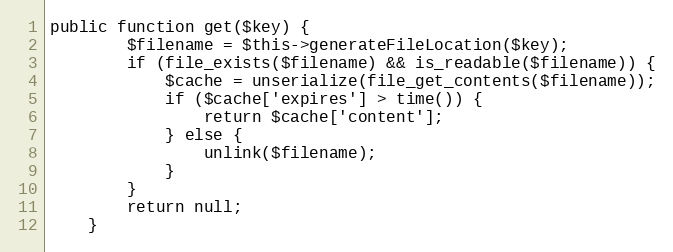
Language: PHP
public function get($key) {
        $filename = $this->generateFileLocation($key);
        if (file_exists($filename) && is_readable($filename)) {
            $cache = unserialize(file_get_contents($filename));
            if ($cache['expires'] > time()) {
                return $cache['content'];
            } else {
                unlink($filename);
            }
        }
        return null;
    }